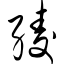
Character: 绫